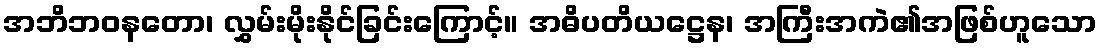
အဘိဘဝနတော၊ လွှမ်းမိုးနိုင်ခြင်းကြောင့်။ အဓိပတိယဋ္ဌေန၊ အကြီးအကဲ၏အဖြစ်ဟူသော